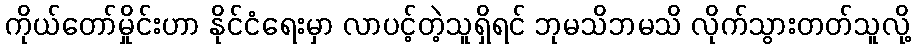
ကိုယ်တော်မှိုင်းဟာ နိုင်ငံရေးမှာ လာပင့်တဲ့သူရှိရင် ဘုမသိဘမသိ လိုက်သွားတတ်သူလို့